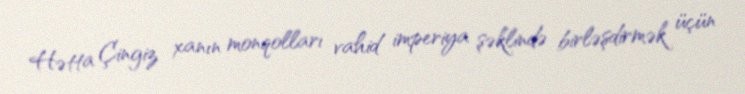
Hətta Çingiz xanın monqolları vahid imperiya şəklində birləşdirmək üçün